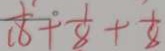
\frac { 1 } { 1 8 } + \frac { 1 } { 8 } + \frac { 1 } { 8 }